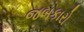
જબકારો